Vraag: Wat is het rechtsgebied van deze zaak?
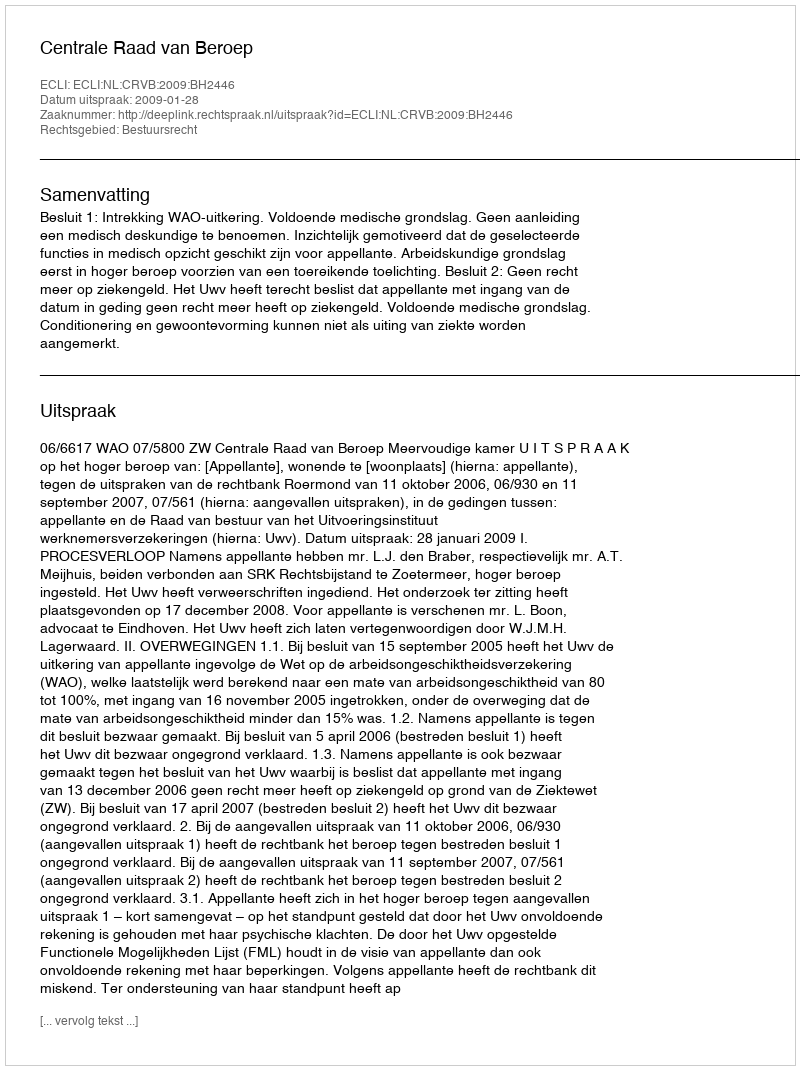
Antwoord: Bestuursrecht